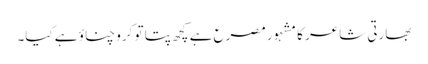
بھارتی شاعر کا مشہور مصرع ہے کچھ پتا تو کرو چناؤ ہے کیا۔